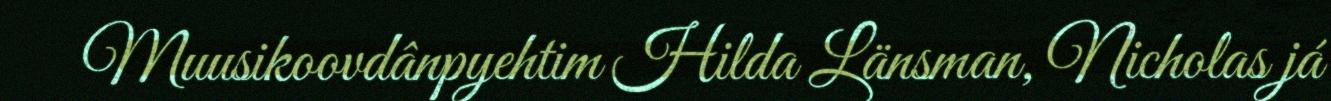
Muusikoovdânpyehtim Hilda Länsman, Nicholas já